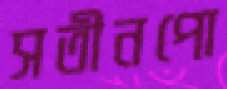
সতীনপো